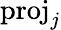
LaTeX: \mathrm{proj}_{j}